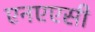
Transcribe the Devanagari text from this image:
एनएएसी